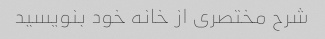
شرح مختصری از خانه خود بنویسید